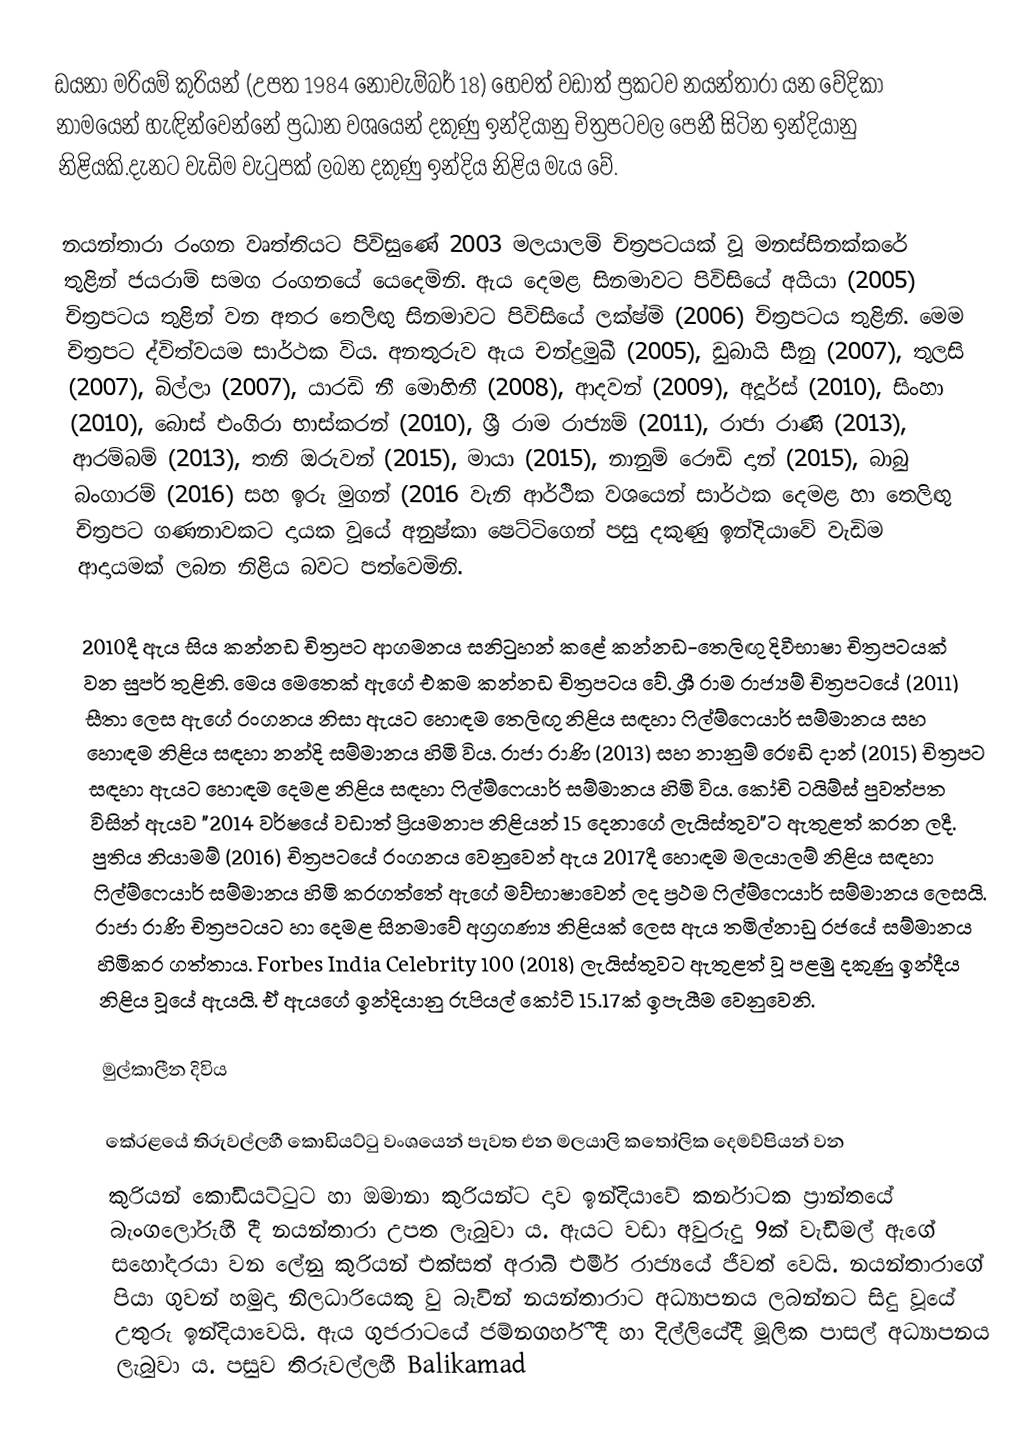
ඩයනා මරියම් කුරියන් (උපත 1984 නොවැම්බර් 18) හෙවත් වඩාත් ප්‍රකටව නයන්තාරා යන වේදිකා නාමයෙන් හැඳින්වෙන්නේ ප්‍රධාන වශයෙන් දකුණු ඉන්දියානු චිත්‍රපටවල පෙනී සිටින ඉන්දියානු නිළියකි.දැනට වැඩිම වැටුපක් ලබන දකුණු ඉන්දිය නිළිය මැය වේ.

නයන්තාරා රංගන වෘත්තියට පිවිසුණේ 2003 මලයාලම් චිත්‍රපටයක් වූ මනස්සිනක්කරේ තුළින් ජයරාම් සමග රංගනයේ යෙදෙමිනි. ඇය දෙමළ සිනමාවට පිවිසියේ අයියා (2005) චිත්‍රපටය තුළින් වන අතර තෙලිඟු සිනමාවට පිවිසියේ ලක්ෂ්මි (2006) චිත්‍රපටය තුළිනි. මෙම චිත්‍රපට ද්විත්වයම සාර්ථක විය. අනතුරුව ඇය චන්ද්‍රමුඛී (2005), ඩුබායි සීනු (2007), තුලසි (2007), බිල්ලා (2007), යාරඩි නී මොහිනී (2008), ආදවන් (2009), අදූර්ස් (2010), සිංහා (2010), බොස් එංගිරා භාස්කරන් (2010), ශ්‍රී රාම රාජ්‍යම් (2011), රාජා රාණි (2013), ආරම්බම් (2013), තනි ඔරුවන් (2015), මායා (2015), නානුම් රෞඩි දාන් (2015), බාබු බංගාරම් (2016) සහ ඉරු මුගන් (2016 වැනි ආර්ථික වශයෙන් සාර්ථක දෙමළ හා තෙලිඟු චිත්‍රපට ගණනාවකට දායක වූයේ අනුෂ්කා ෂෙට්ටිගෙන් පසු දකුණු ඉන්දියාවේ වැඩිම ආදායමක් ලබන නිළිය බවට පත්වෙමිනි.

2010දී ඇය සිය කන්නඩ චිත්‍රපට ආගමනය සනිටුහන් කළේ කන්නඩ-තෙලිඟු දිවීභාෂා චිත්‍රපටයක් වන සුපර් තුළිනි. මෙය මෙතෙක් ඇගේ එකම කන්නඩ චිත්‍රපටය වේ. ශ්‍රී රාම රාජ්‍යම් චිත්‍රපටයේ (2011) සීතා ලෙස ඇගේ රංගනය නිසා ඇයට හොඳම තෙලිඟු නිළිය සඳහා ෆිල්ම්ෆෙයාර් සම්මානය සහ හොඳම නිළිය සඳහා නන්දි සම්මානය හිමි විය. රාජා රාණි (2013) සහ නානුම් රෞඩි දාන් (2015) චිත්‍රපට සඳහා ඇයට හොඳම දෙමළ නිළිය සඳහා ෆිල්ම්ෆෙයාර් සම්මානය හිමි විය. කෝචි ටයිම්ස් පුවත්පත විසින් ඇයව "2014 වර්ෂයේ වඩාත් ප්‍රියමනාප නිළියන් 15 දෙනාගේ ලැයිස්තුව"ට ඇතුළත් කරන ලදී. පුතිය නියාමම් (2016) චිත්‍රපටයේ රංගනය වෙනුවෙන් ඇය 2017දී හොඳම මලයාලම් නිළිය සඳහා ෆිල්ම්ෆෙයාර් සම්මානය හිමි කරගත්තේ ඇගේ මව්භාෂාවෙන් ලද ප්‍රථම ෆිල්ම්ෆෙයාර් සම්මානය ලෙසයි. රාජා රාණි චිත්‍රපටයට හා දෙමළ සිනමාවේ අග්‍රගණ්‍ය නිළියක් ලෙස ඇය තමිල්නාඩු රජයේ සම්මානය හිමිකර ගත්තාය. Forbes India Celebrity 100 (2018) ලැයිස්තුවට ඇතුළත් වූ පළමු දකුණු ඉන්දීය නිළිය වූයේ ඇයයි. ඒ ඇයගේ ඉන්දියානු රුපියල් කෝටි 15.17ක් ඉපැයීම වෙනුවෙනි.

 මුල්කාලීන දිවිය

කේරළයේ තිරුවල්ලහී කොඩියට්ටු වංශයෙන් පැවත එන මලයාලි කතෝලික  දෙමව්පියන් වන
කුරියන් කොඩියට්ටුට හා ඔමානා කුරියන්ට දාව ඉන්දියාවේ කර්නාටක ප්‍රාන්තයේ බැංගලෝරුහී දී නයන්තාරා උපත ලැබුවා ය. ඇයට වඩා අවුරුදු 9ක් වැඩිමල් ඇගේ සහෝදරයා වන ලේනු කුරියන් එක්සත් අරාබි එමීර් රාජ්‍යයේ ජීවත් වෙයි. නයන්තාරාගේ පියා ගුවන් හමුදා නිලධාරියෙකු වු බැවින් නයන්තාරාට අධ්‍යාපනය ලබන්නට සිදු වූයේ උතුරු ඉන්දියාවෙයි.  ඇය ගුජරාටයේ ජම්නගර්හී දී හා දිල්ලියේදී මූලික පාසල් අධ්‍යාපනය ලැබුවා ය. පසුව තිරුවල්ලහී   Balikamad